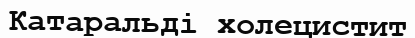
Катаральді холецистит